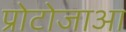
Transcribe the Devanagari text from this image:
प्रोटोजाआ